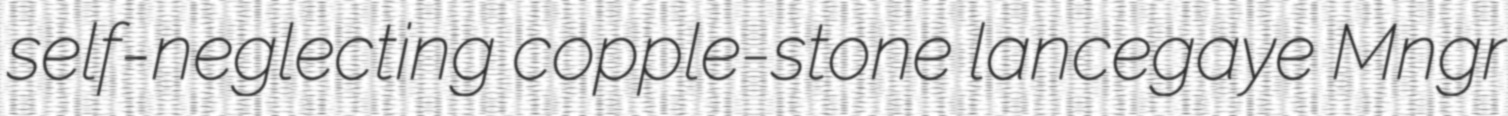
self-neglecting copple-stone lancegaye Mngr